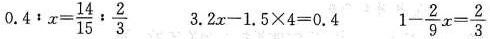
$$0 . 4 : x = \frac { 1 4 } { 1 5 } : \frac { 2 } { 3 }$$ $$3 . 2 x - 1 . 5 \times 4 = 0 . 4 $$ $$1 - \frac { 2 } { 9 } x = \frac { 2 } { 3 }$$